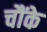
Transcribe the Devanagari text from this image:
चौंके